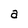
Character: a